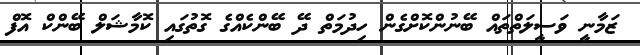
ޒަމާނީ ވަސީލަތްތައް ބޭނުންކޮށްގެން ހިދުމަތް ދޭ ބޭންކެއްގެ ގޮތުގައި ކޮމާޝަލް ބޭންކް އޮފް